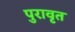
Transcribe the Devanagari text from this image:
पुरावृत